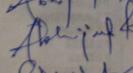
Signature authenticity: genuine